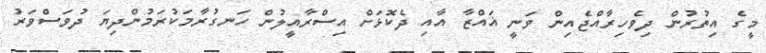
މީގެ އިތުރުން ދިވެހިރާއްޖެއިން ވަނީ ޣައްޒާ އާއި ދެކޮޅަށް އިސްރާއީލުން ހަނގުރާމަކުރަމުންދިޔަ ދުވަސްވަރު